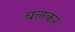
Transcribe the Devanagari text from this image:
बलकर